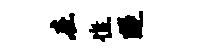
在憔隧